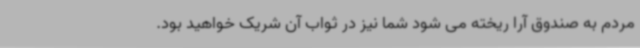
مردم به صندوق آرا ریخته می شود شما نیز در ثواب آن شریک خواهید بود.